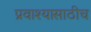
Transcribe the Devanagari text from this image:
प्रवाश्यासाठीच